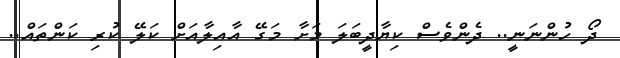
ދޯ ހުންނަނީ.. ދެންވެސް ކިޔާދީބަލަ މަށާ މަގޭ އާއިލާއަށް ކަލޭ ކުރި ކަންތައް..